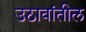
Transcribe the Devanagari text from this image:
उठावांतील